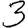
Digit: 3